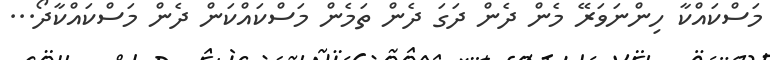
މަސްކައްކާ ހިންނަވަރޭ މެން ދެން ދަގަ ދެން ތަމެން މަސްކައްކަން ދެން މަސްކައްކާދޯ...